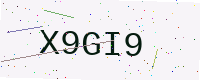
Text: X9GI9